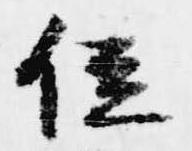
位